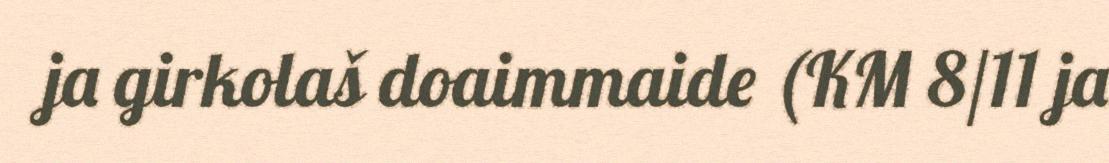
ja girkolaš doaimmaide (KM 8/11 ja